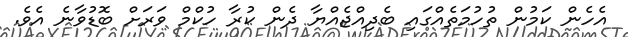
އެހެން ކަމުން ތުހުމަތެއްގައި ބެދިއްޖެއްޔާ ދެން ކުރާ ހުކްމް ވަރަށް ބޮޑުވާނެ އެވެ.